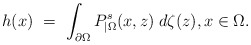
\begin{align*}h(x)\ =\ \int_{\partial\Omega} P^s_{|\Omega}(x,z)\;d\zeta(z),x\in\Omega.\end{align*}